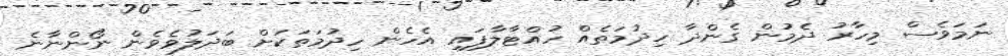
ނަމަވެސް މިހާރު ދެމުން ގެންދާ ހިދުމަތެއް ހުއްޓާލާފައި އެހެން ހިދުމަތަކަށް ބަދަލުވެވެން ނޯންނާނެ